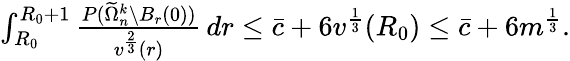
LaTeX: \begin{array}{r}{\int_{R_{0}}^{R_{0}+1}\frac{P(\widetilde\Omega_{n}^{k}\setminus B_{r}(0))}{v^{\frac 23}(r)}\, dr\le\bar{c}+6v^{\frac 13}(R_{0})\le\bar{c}+6m^{\frac 13}.}\end{array}